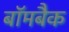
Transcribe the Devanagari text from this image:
बॉमबैक